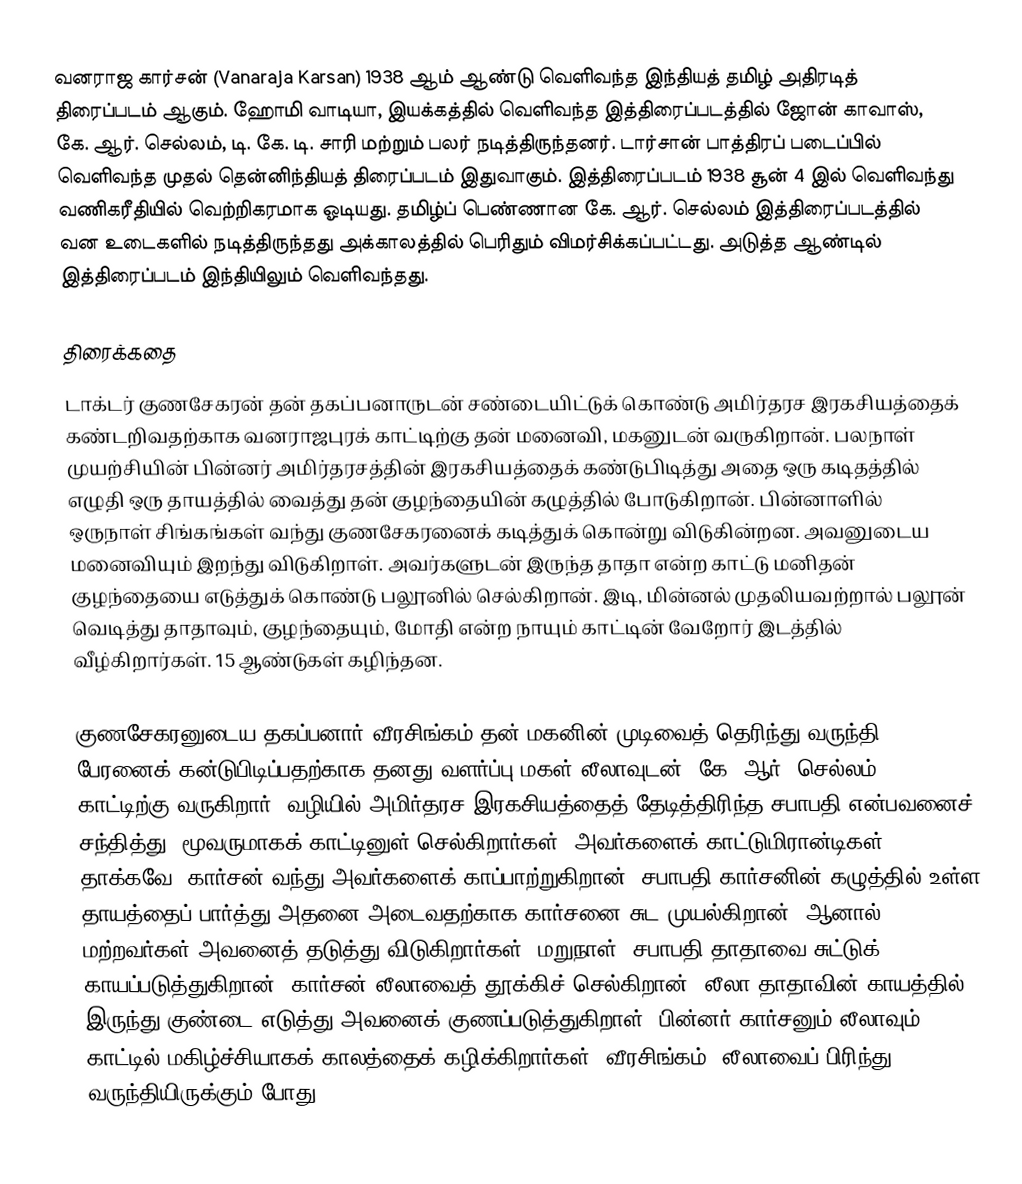
வனராஜ கார்சன் (Vanaraja Karsan) 1938 ஆம் ஆண்டு வெளிவந்த இந்தியத் தமிழ் அதிரடித் திரைப்படம் ஆகும். ஹோமி வாடியா,  இயக்கத்தில் வெளிவந்த இத்திரைப்படத்தில் ஜோன் காவாஸ், கே. ஆர். செல்லம், டி. கே. டி. சாரி மற்றும் பலர் நடித்திருந்தனர். டார்சான் பாத்திரப் படைப்பில் வெளிவந்த முதல் தென்னிந்தியத் திரைப்படம் இதுவாகும். இத்திரைப்படம் 1938 சூன் 4 இல் வெளிவந்து வணிகரீதியில் வெற்றிகரமாக ஓடியது. தமிழ்ப் பெண்ணான கே. ஆர். செல்லம் இத்திரைப்படத்தில் வன உடைகளில் நடித்திருந்தது அக்காலத்தில் பெரிதும் விமர்சிக்கப்பட்டது. அடுத்த ஆண்டில் இத்திரைப்படம் இந்தியிலும் வெளிவந்தது.

திரைக்கதை
டாக்டர் குணசேகரன் தன் தகப்பனாருடன் சண்டையிட்டுக் கொண்டு அமிர்தரச இரகசியத்தைக் கண்டறிவதற்காக வனராஜபுரக் காட்டிற்கு தன் மனைவி, மகனுடன் வருகிறான். பலநாள் முயற்சியின் பின்னர் அமிர்தரசத்தின் இரகசியத்தைக் கண்டுபிடித்து அதை ஒரு கடிதத்தில் எழுதி ஒரு தாயத்தில் வைத்து தன் குழந்தையின் கழுத்தில் போடுகிறான். பின்னாளில் ஒருநாள் சிங்கங்கள் வந்து குணசேகரனைக் கடித்துக் கொன்று விடுகின்றன. அவனுடைய மனைவியும் இறந்து விடுகிறாள். அவர்களுடன் இருந்த தாதா என்ற காட்டு மனிதன் குழந்தையை எடுத்துக் கொண்டு பலூனில் செல்கிறான். இடி, மின்னல் முதலியவற்றால் பலூன் வெடித்து தாதாவும், குழந்தையும், மோதி என்ற நாயும் காட்டின் வேறோர் இடத்தில் வீழ்கிறார்கள். 15 ஆண்டுகள் கழிந்தன.

குணசேகரனுடைய தகப்பனார் வீரசிங்கம் தன் மகனின் முடிவைத் தெரிந்து வருந்தி பேரனைக் கன்டுபிடிப்பதற்காக தனது வளர்ப்பு மகள் லீலாவுடன் (கே. ஆர். செல்லம்) காட்டிற்கு வருகிறார். வழியில் அமிர்தரச இரகசியத்தைத் தேடித்திரிந்த சபாபதி என்பவனைச் சந்தித்து, மூவருமாகக் காட்டினுள் செல்கிறார்கள். அவர்களைக் காட்டுமிரான்டிகள் தாக்கவே, கார்சன் வந்து அவர்களைக் காப்பாற்றுகிறான். சபாபதி கார்சனின் கழுத்தில் உள்ள தாயத்தைப் பார்த்து அதனை அடைவதற்காக கார்சனை சுட முயல்கிறான். ஆனால் மற்றவர்கள் அவனைத் தடுத்து விடுகிறார்கள். மறுநாள், சபாபதி தாதாவை சுட்டுக் காயப்படுத்துகிறான். கார்சன் லீலாவைத் தூக்கிச் செல்கிறான். லீலா தாதாவின் காயத்தில் இருந்து குண்டை எடுத்து அவனைக் குணப்படுத்துகிறாள். பின்னர் கார்சனும் லீலாவும் காட்டில் மகிழ்ச்சியாகக் காலத்தைக் கழிக்கிறார்கள். வீரசிங்கம், லீலாவைப் பிரிந்து வருந்தியிருக்கும் போது,